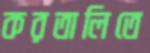
করতালিতে